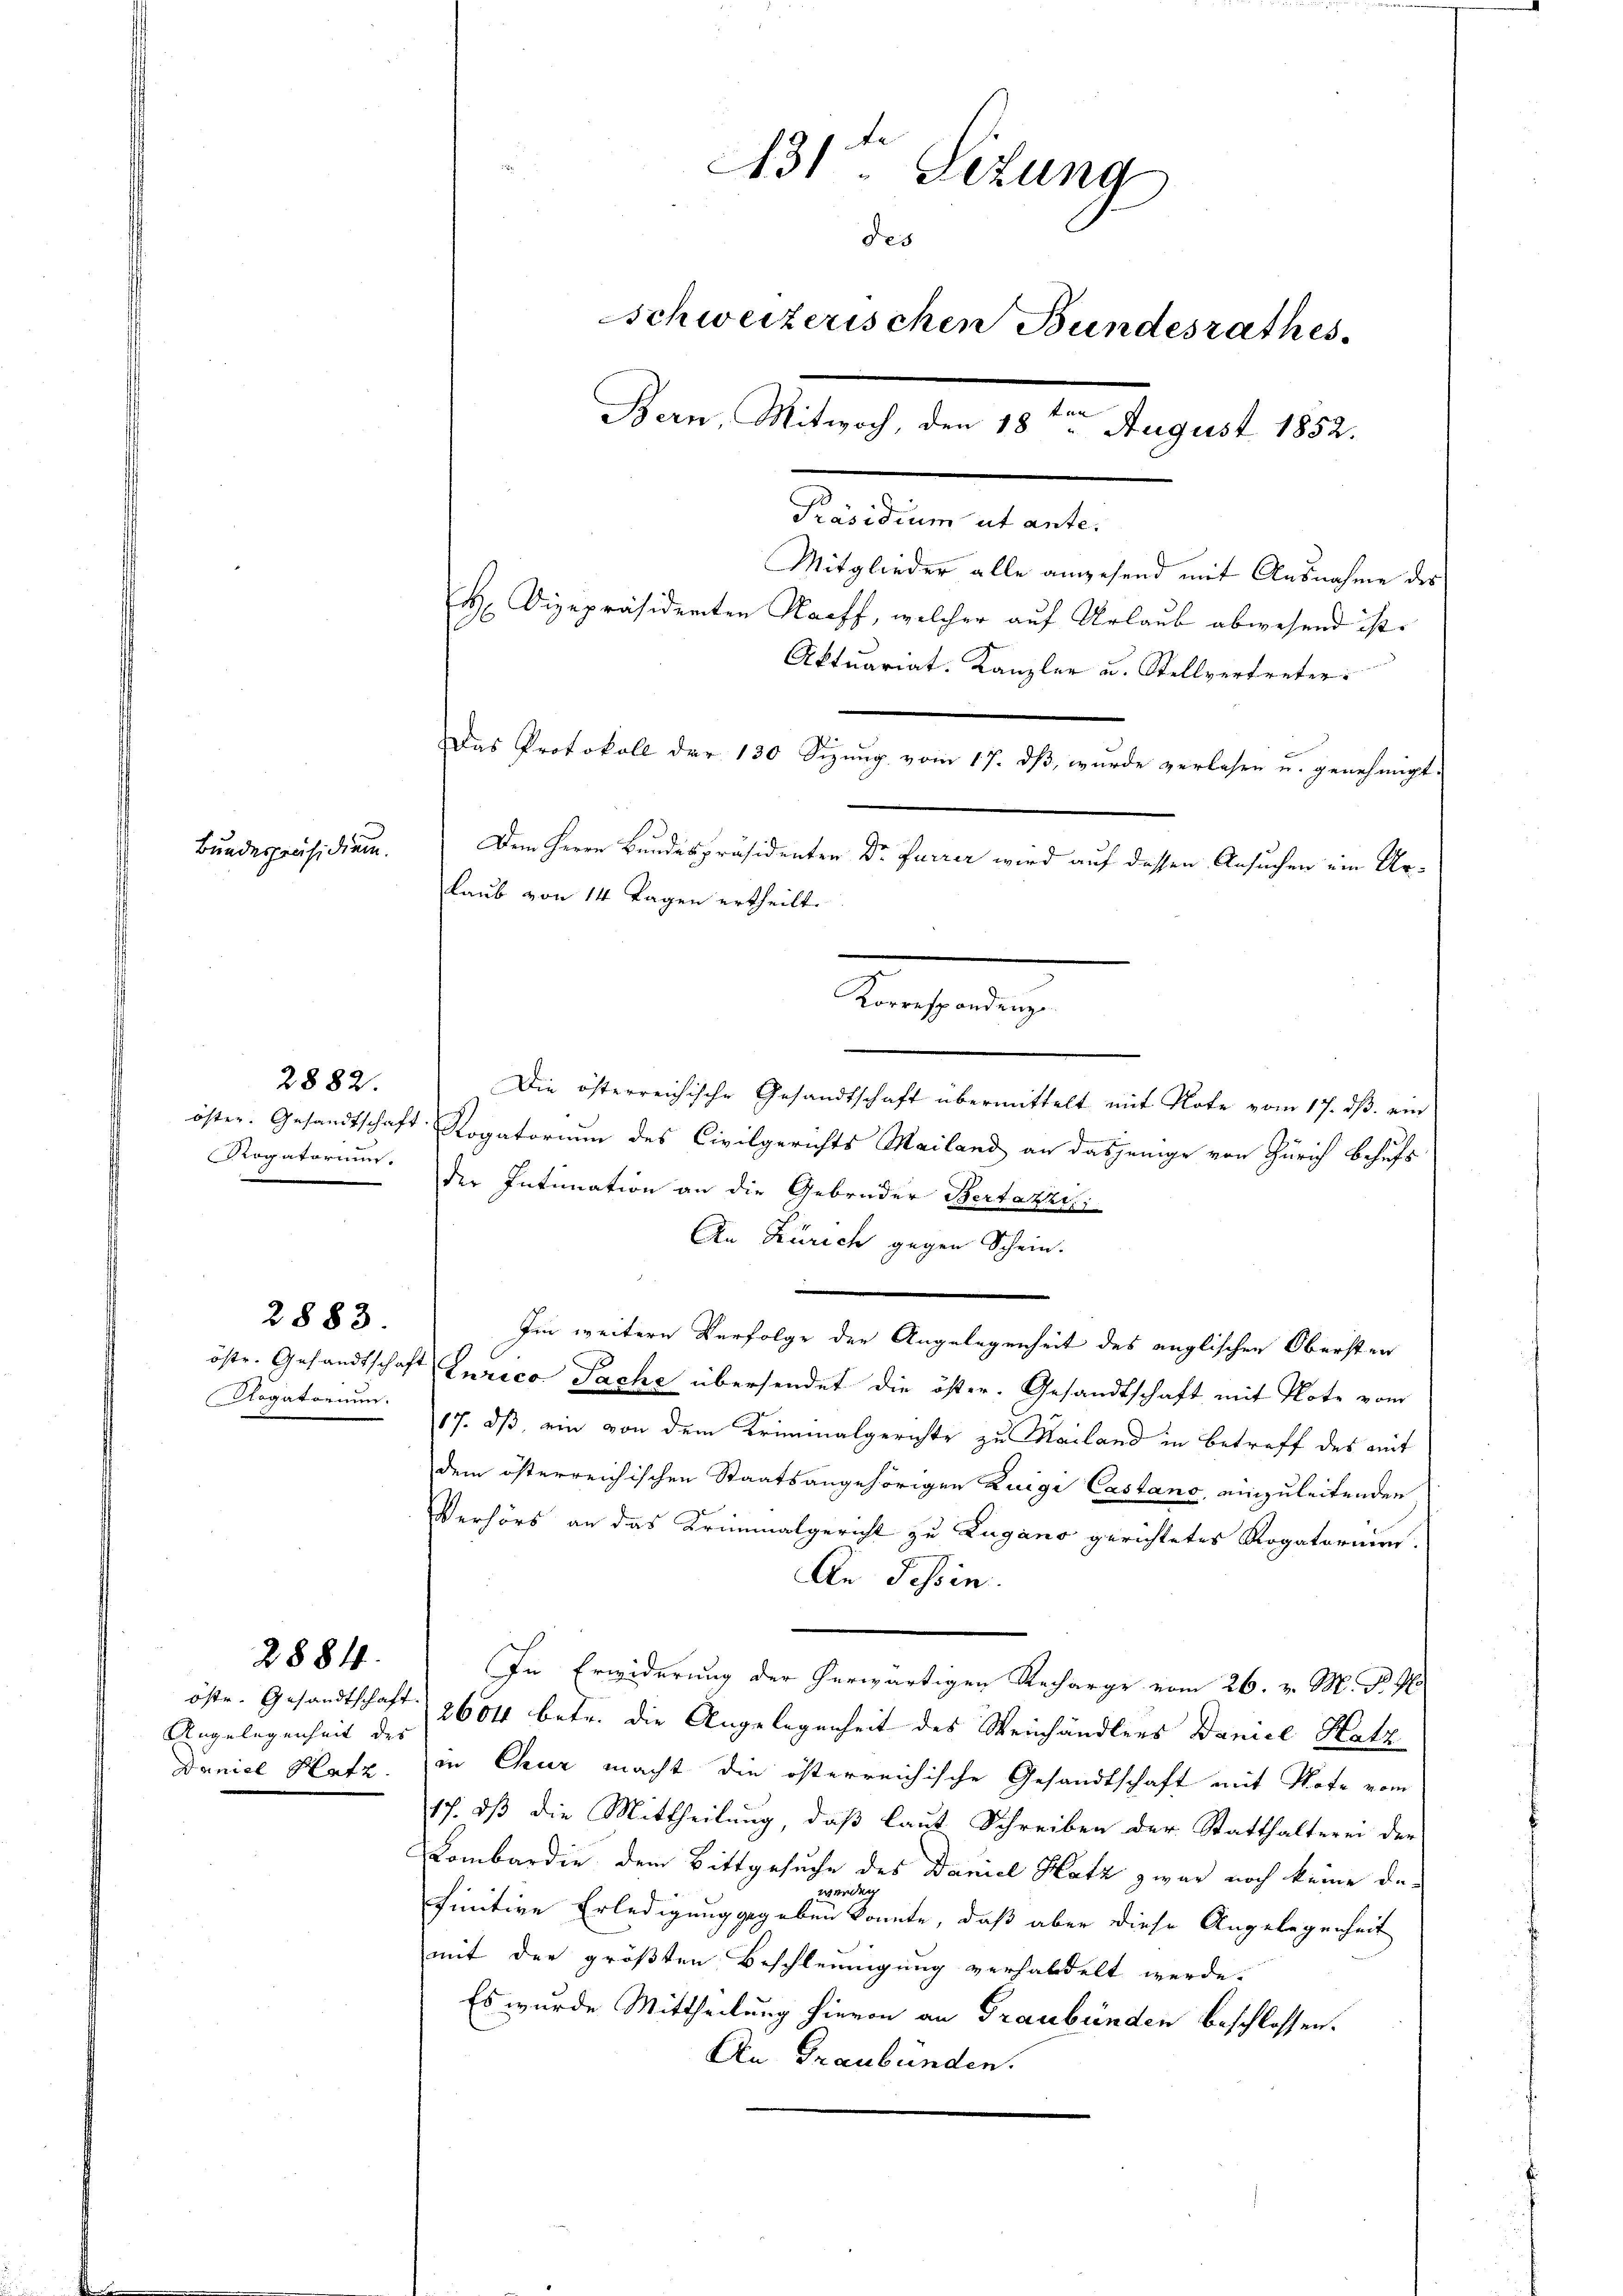
Bundespräsidium.

RRogatorium.

2882.

Rogatorium.

2883.

Angelegenheit des
Daniel Hatz.

2884.

Präsidium ut ante.
Mitglieder alle angehend mit Ausnahme des
H. Vizepräsidenten Raiff, welcher auf Urlaub abwesend ist.
Aktuariat-Kanzler u. Stellvertreter:
Das Protokoll der 130 Sizŭng vom 17. dβ, wurde verlesen u. genehmigt.
Dem Herrn Bundespräsidenten Dr Furrer wird auf dessen Ansuchen ein Ur¬
Laub von 14 Tagen ertheilt.
Korrespondenze
.
Die österreichische Gesandtschaft übermittelt mit Note vom 17. ds. ein
öster. Gesandtschaft Rogatorium des Civilgerichts Mailand an dasjenige von Zürich behufs
der Intimation an die Gebrüder Bertazzi,
An Zürich gegen Schein.
Im weitere Verfolge der Angelegenheit des anglischen Obersten
östr. Gesandtschaft Zurico Pache übersendet die öster. Gesandtschaft mit Note vom
17. ds, ein von dem Kriminalgerichte zu Mailand in Betreff des mit
dem österreichischen Staatsangehörigen Zuige Castano, einzuleitenden
Verhörs an das Kriminalgericht zu Lugano gerichtetes Rogatorium.
An Tessin
In Erwiderung der herwärtigen Recharge vom 26. v. M. d. J.
öste. Gesandtschaft 26000 betr. die Angelegenheit des Weinhändlers Daniel Hotz
in Chur macht die österreichische Gesandtschaft mit Note vom
17. dß die Mittheilung, daß laut Schreiben der Statthalterei der
Lombardie dem Bittgesuche des Daniel Hotz zwar noch keine daevelten
finitive Erledigung gegeben konnte, daß aber diese Angelegenheit
mit der größten Beschleunigung verhaldelt werde.
Es wurde Mittheilung hievon an Graubünden beschlossen:
An Graubünden.

31ten Sitzung
des
Schweizerischen Bundesrathes
Bern, Mitwoch, den 18. August 1852.